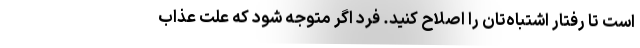
است تا رفتار اشتباه‌تان را اصلاح کنید. فرد اگر متوجه شود که علت عذاب